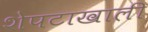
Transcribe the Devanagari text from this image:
शेपटाखाली